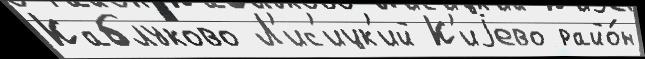
Каблуково Л'ис'ицк'ий К'иjево райо́н